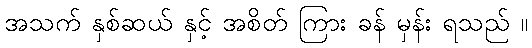
အသက် နှစ်ဆယ် နှင့် အစိတ် ကြား ခန် မှန်း ရသည် ။